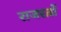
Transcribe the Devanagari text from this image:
राजरत्नों